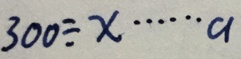
3 0 0 \div x \cdots a